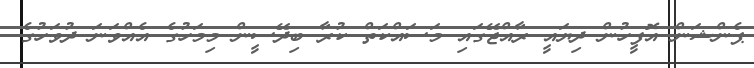
ޕެންޝަން އޮފީހުން ދިޔައީ ރާއްޖޭގައި މަސައްކަތް ކުރާ ބިދޭސީން މިމަހުގެ އެއްވަނަ ދުވަހުގެ